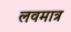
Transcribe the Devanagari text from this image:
लवमात्र